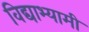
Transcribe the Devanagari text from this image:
विद्याभ्यामी